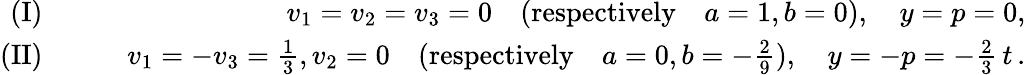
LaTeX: \begin{array}{rlr}{(\textrm{I})\quad}&{}&{v_{1}=v_{2}=v_{3}=0\quad(\textrm{respectively}\quad a=1,b=0),\quad y=p=0,}\\ {(\textrm{II})\quad}&{}&{v_{1}=-v_{3}=\frac{1}{3},v_{2}=0\quad(\textrm{respectively}\quad a=0,b=-\frac{2}{9}),\quad y=-p=-\frac{2}{3}\, t\, .}\end{array}